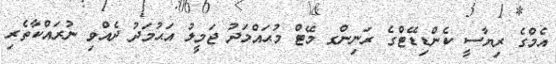
އެމްގެ ރިޔާސީ ކެންޑިޑޭޓްގެ ރަނިންގ މޭޓް މުޙައްމަދު ޖަމީލު އަޙުމަދު ދެއްވި ނުރައްކާތެރި